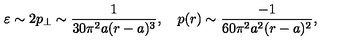
\varepsilon \sim 2 p _ { \perp } \sim \frac { 1 } { 3 0 \pi ^ { 2 } a ( r - a ) ^ { 3 } } , \quad p ( r ) \sim \frac { - 1 } { 6 0 \pi ^ { 2 } a ^ { 2 } ( r - a ) ^ { 2 } } ,